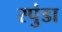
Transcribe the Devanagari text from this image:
स्पुंडा